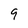
Character: 9